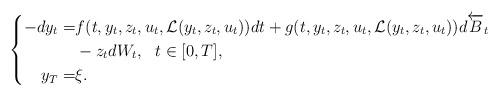
LaTeX: \begin{align*}\left\{\begin{aligned}-dy_t=&f(t,y_t,z_t,u_t,\mathcal L(y_t,z_t,u_t))dt+ g(t,y_t,z_t,u_t,\mathcal L(y_t,z_t,u_t)) d\overleftarrow B_t\\&-z_t dW_t,\,\,\,\,t\in[0,T],\\y_T=&\xi.\end{aligned}\right.\end{align*}